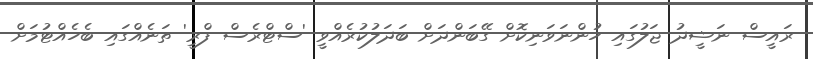
ރައީސް ނަޝީދު ޖަލުގައި ހުންނަވަނިކޮށް ގޭބަންދަށް ބަދަލުކުރެއްވީ 'ސްޓްރެސް ފްރީ' ތަނެއްގައި ބެހެއްޓުމަށް